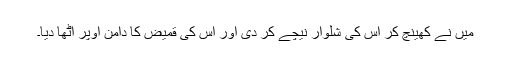
میں نے کھینچ کر اس کی شلوار نیچے کر دی اور اس کی قمیض کا دامن اوپر اٹھا دیا۔